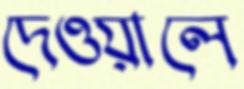
দেওয়ালে